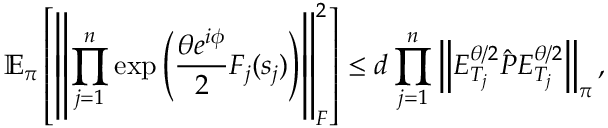
\mathbb { E } _ { \boldsymbol \pi } \left[ \left\lVert \prod _ { j = 1 } ^ { n } \exp \left( \frac { \theta e ^ { i \phi } } { 2 } F _ { j } ( s _ { j } ) \right) \right\rVert _ { F } ^ { 2 } \right] \leq d \prod _ { j = 1 } ^ { n } \left\lVert E _ { T _ { j } } ^ { \theta / 2 } \hat { P } E _ { T _ { j } } ^ { \theta / 2 } \right\rVert _ { \boldsymbol \pi } ,